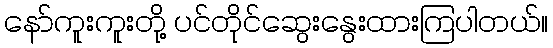
နော်ကူးကူးတို့ ပင်တိုင်ဆွေးနွေးထားကြပါတယ်။